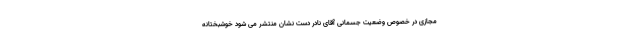
مجازی در خصوص وضعیت جسمانی آقای نادر دست نشان منتشر می شود خوشبختانه